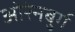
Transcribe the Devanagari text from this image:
ओरेनबुर्ग